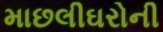
માછલીઘરોની